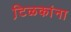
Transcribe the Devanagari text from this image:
टि़ळकांना